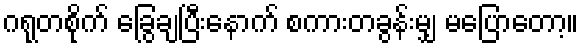
ဂရုတစိုက် ခြွေချပြီးနောက် စကားတခွန်းမျှ မပြောတော့။